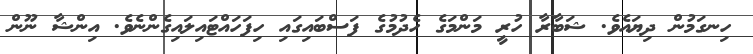
ހިނގަމުން ދިޔައެވެ. ޝަބާރާ ހުރީ މަންމަގެ ހެދުމުގެ ފަސްބައިގައި ހިފަހައްޓައިލައިގެންނެވެ. އިންޝާ ނޫން